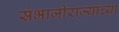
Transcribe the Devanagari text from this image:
संभाजीराज्यांच्या